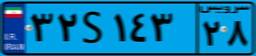
۶۹S۰۷۱۸۵